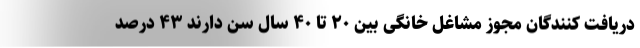
دریافت کنندگان مجوز مشاغل خانگی بین ۲۰ تا ۴۰ سال سن دارند ۴۳ درصد